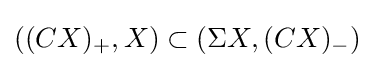
((CX)_{+},X)\subset (\Sigma X,(CX)_{-})